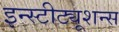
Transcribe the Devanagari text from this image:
इन्स्टीट्यूशन्स